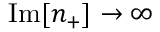
\mathrm { I m } [ n _ { + } ] \rightarrow \infty